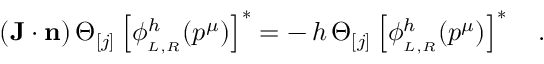
( { \bf J } \cdot { \bf n } ) \, \Theta _ { [ j ] } \left[ \phi _ { _ { L , R } } ^ { h } ( p ^ { \mu } ) \right] ^ { * } = - \, h \, \Theta _ { [ j ] } \left[ \phi _ { _ { L , R } } ^ { h } ( p ^ { \mu } ) \right] ^ { * } \quad .